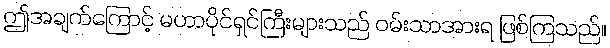
ဤအချက်ကြောင့် မဟာပိုင်ရှင်ကြီးများသည် ဝမ်းသာအားရ ဖြစ်ကြသည်။